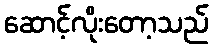
ဆောင့်လိုးတော့သည်